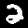
Digit: 2